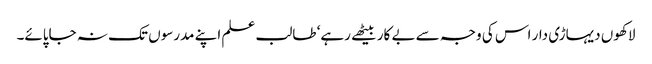
لاکھوں دیہاڑی دار اس کی وجہ سے بے کار بیٹھے رہے‘ طالب علم اپنے مدرسوں تک نہ جاپائے۔